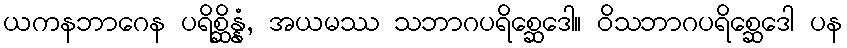
ယကနဘာဂေန ပရိစ္ဆိန္နံ, အယမဿ သဘာဂပရိစ္ဆေဒေါ။ ဝိသဘာဂပရိစ္ဆေဒေါ ပန